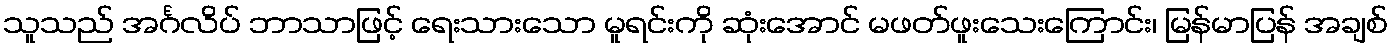
သူသည် အင်္ဂလိပ် ဘာသာဖြင့် ရေးသားသော မူရင်းကို ဆုံးအောင် မဖတ်ဖူးသေးကြောင်း၊ မြန်မာပြန် အချစ်